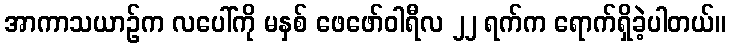
အာကာသယာဉ်က လပေါ်ကို မနှစ် ဖေဖော်ဝါရီလ ၂၂ ရက်က ရောက်ရှိခဲ့ပါတယ်။